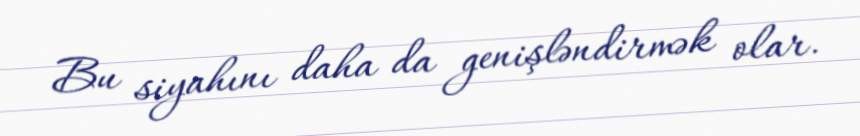
Bu siyahını daha da genişləndirmək olar.